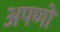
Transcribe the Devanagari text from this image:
अपणों